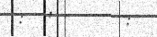
:  '      :